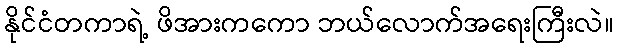
နိုင်ငံတကာရဲ့ ဖိအားကကော ဘယ်လောက်အရေးကြီးလဲ။